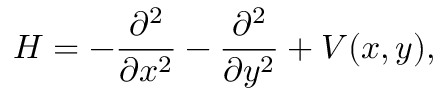
H = - \frac { \partial ^ { 2 } } { \partial x ^ { 2 } } - \frac { \partial ^ { 2 } } { \partial y ^ { 2 } } + V ( x , y ) ,